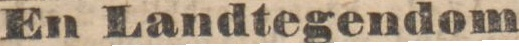
En Landtegendom